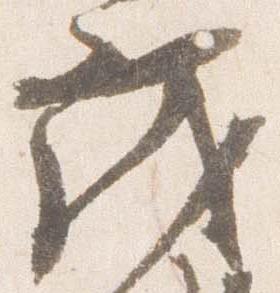
茂